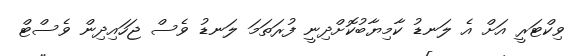
ވިކްޓަރީ އަށް އެ ލަނޑު ކާމިޔާބުކޮށްދިނީ ފުރަތަމަ ލަނޑު ވެސް ޖަހައިދިން ވެސްޓް